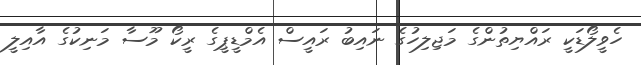
ހެވީލޯޑަކީ ރައްޔިތުންގެ މަޖިލިހުގެ ނައިބު ރައީސް އެމްޑީޕީގެ ރީކޯ މޫސާ މަނިކުގެ އާއިލީ